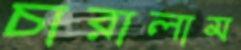
চারালাম